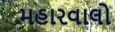
મહારવાલો